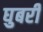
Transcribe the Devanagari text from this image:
घुबरी